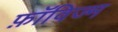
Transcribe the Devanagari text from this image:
फ़ॉविज्म